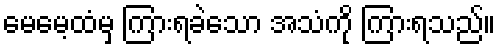
မေမေ့ထံမှ ကြားရခဲသော အသံကို ကြားရသည်။